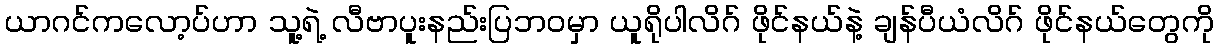
ယာဂင်ကလော့ပ်ဟာ သူ့ရဲ့ လီဗာပူးနည်းပြဘဝမှာ ယူရိုပါလိဂ် ဖိုင်နယ်နဲ့ ချန်ပီယံလိဂ် ဖိုင်နယ်တွေကို